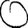
Digit: 0